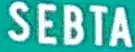
SEBTA